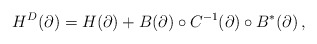
\begin{align*}H^D(\partial)=H(\partial)+B(\partial)\circ C^{-1}(\partial)\circ B^*(\partial)\,,\end{align*}